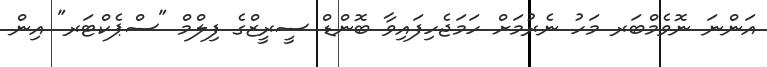
އަންނަ ނޮވެމްބަރ މަހު ނެރުމަށް ހަމަޖެހިފައިވާ ބޮންޑް ސީރީޒްގެ ފިލްމް "ސްޕެކްޓަރ" އިން